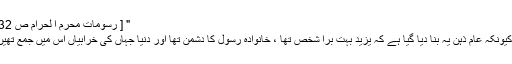
" [ رسوماتِ محرم ا لحرام ص 32 ]
" کیونکہ عام ذہن یہ بنا دیا گیا ہے کہ یزید بہت بُرا شخص تھا ، خانوادۂ رسول کا دشمن تھا اور دنیا جہاں کی خرابیاں اس میں جمع تھیں ۔